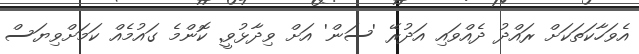
އެވަހާކަތަކަށް ރައްދު ދެއްވައި އަދުރޭ 'ސަން' އަށް ވިދާޅުވީ